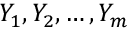
Y _ { 1 } , Y _ { 2 } , \ldots , Y _ { m }